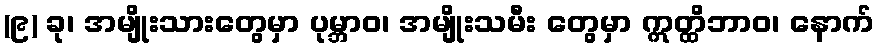
(၉) ခု၊ အမျိုးသားတွေမှာ ပုမ္ဘာဝ၊ အမျိုးသမီး တွေမှာ ဣတ္ထိဘာဝ၊ နောက်